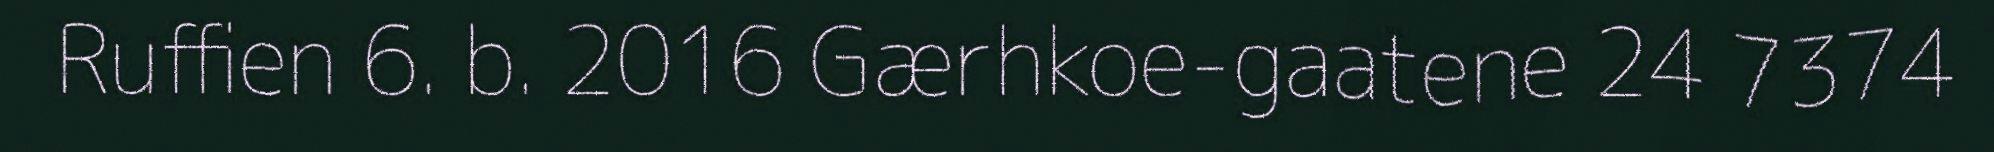
Ruffien 6. b. 2016 Gærhkoe-gaatene 24 7374